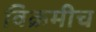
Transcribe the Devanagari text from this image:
विक्रमीच